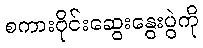
စကားဝိုင်းဆွေးနွေးပွဲကို